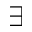
\exists